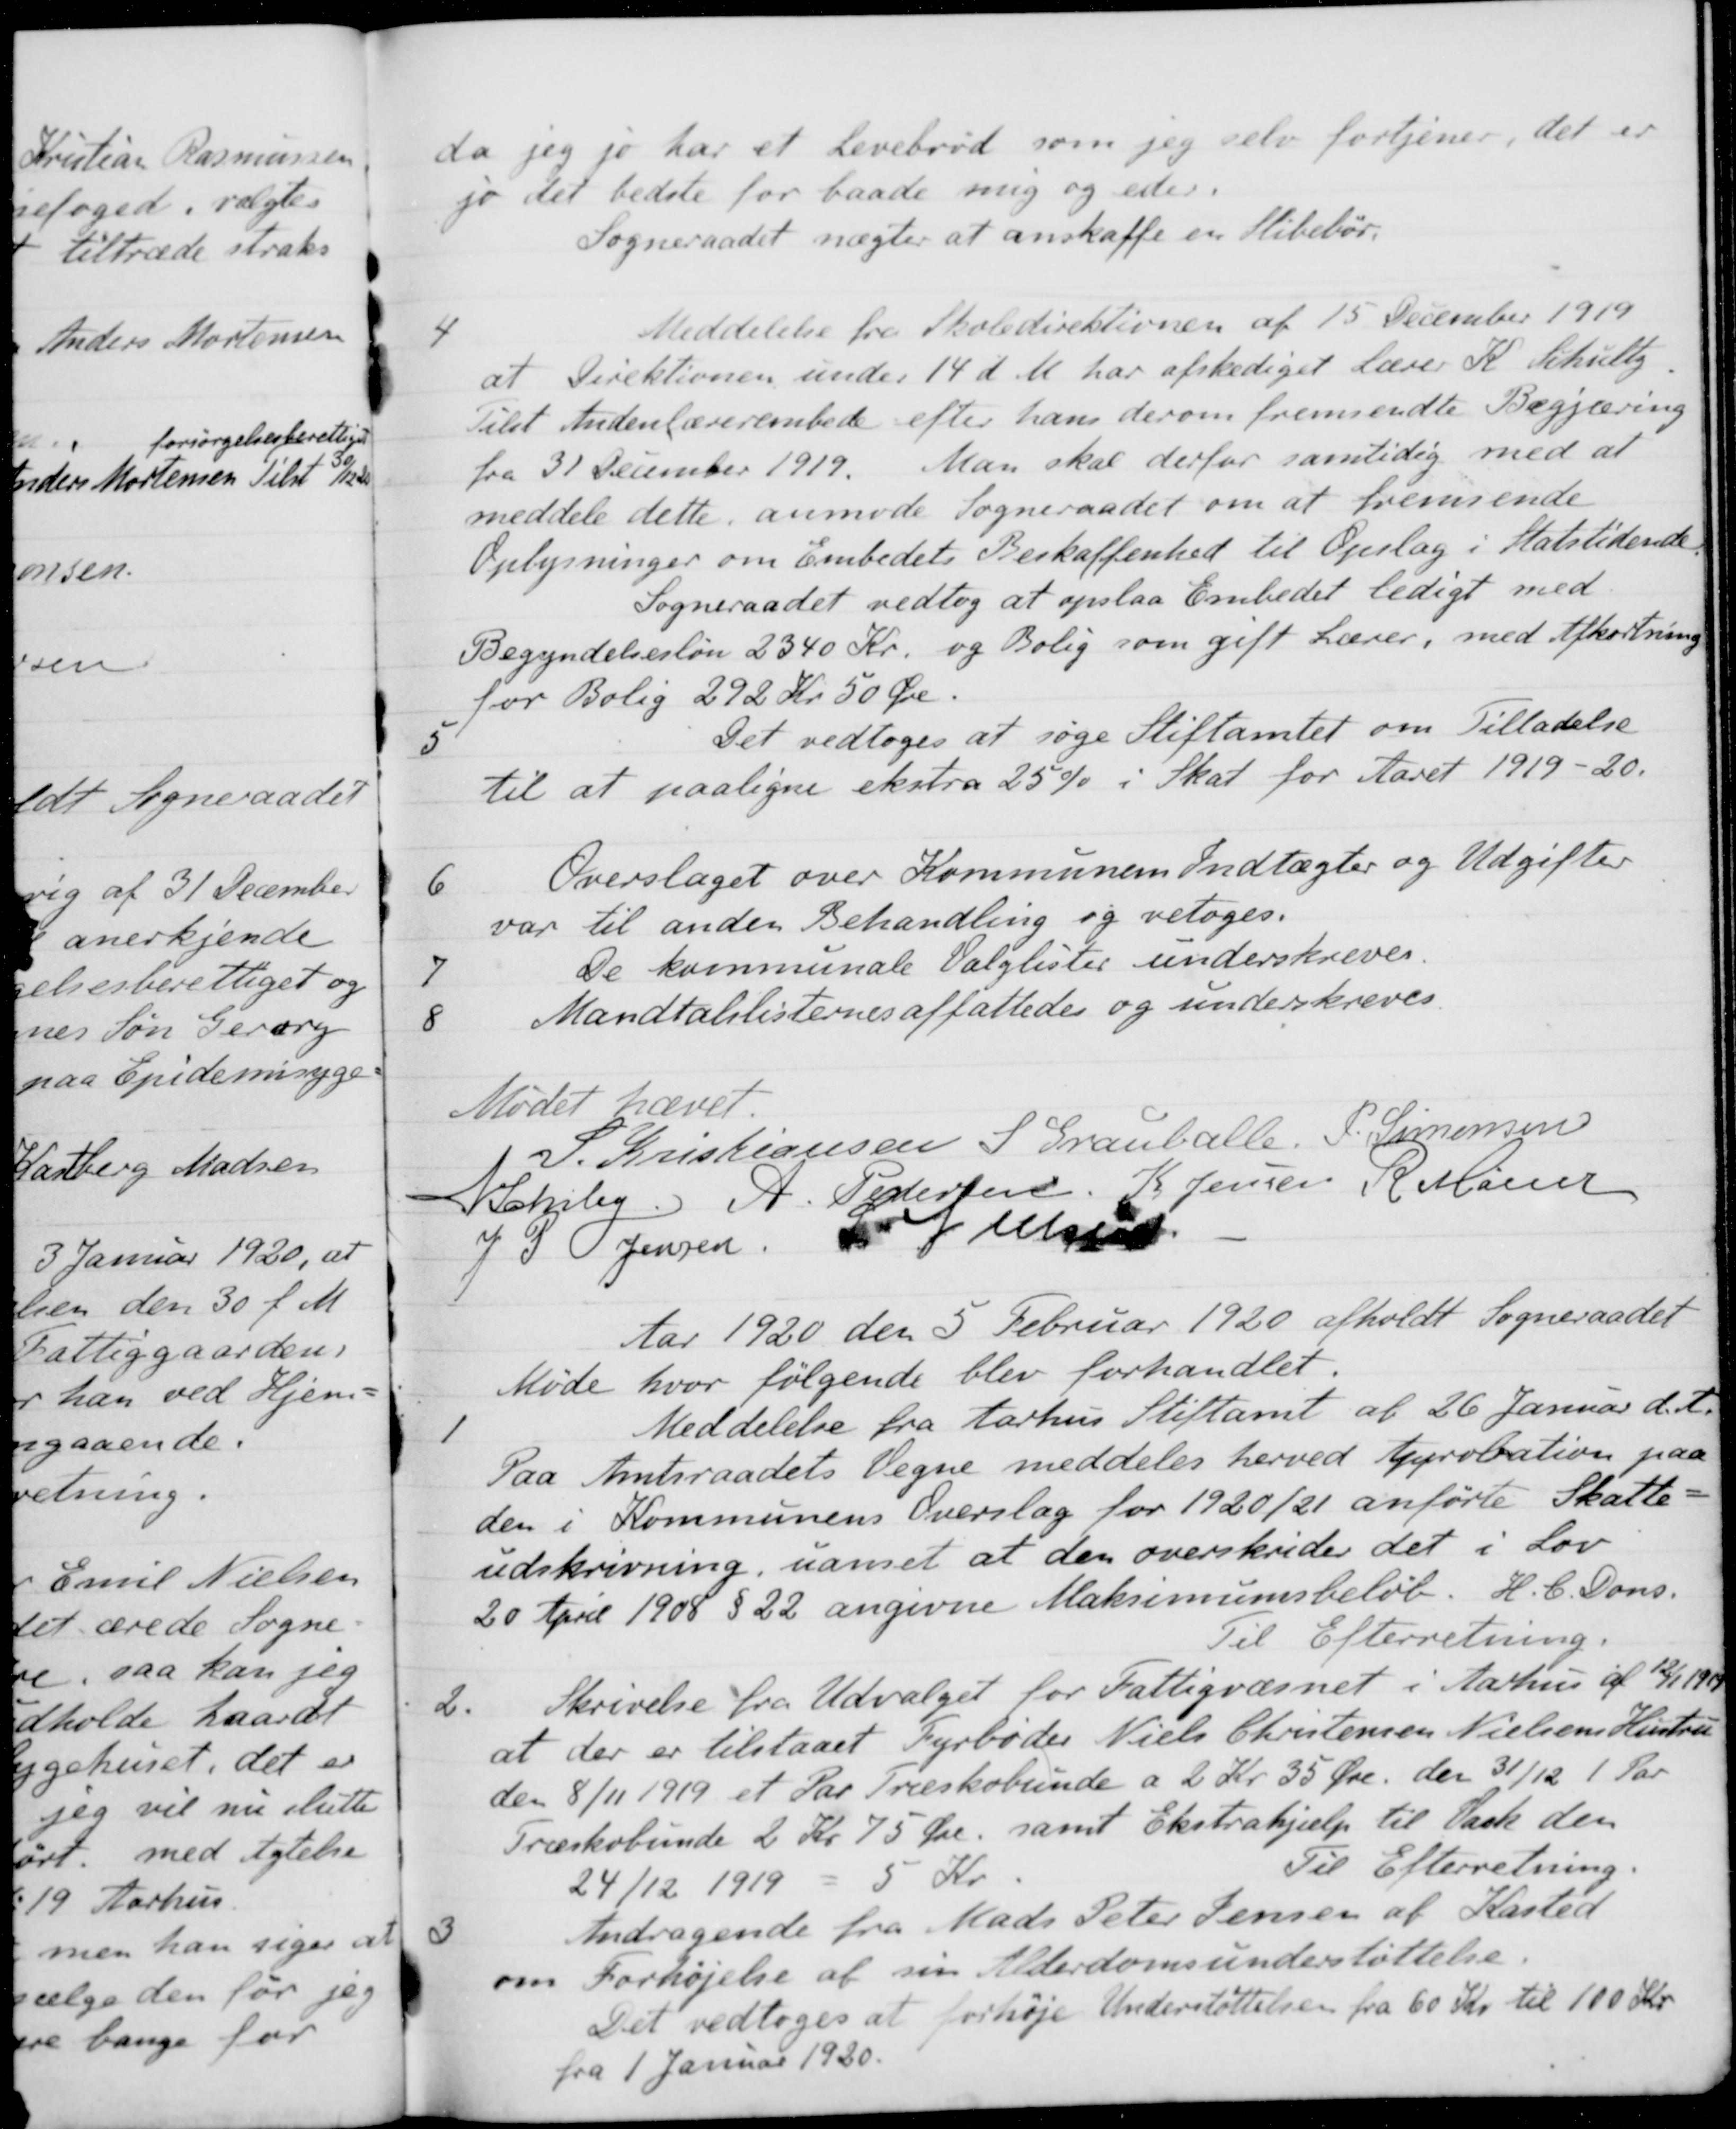
Transskription:
da jeg jo har et Levebrød som jeg selv fortjener, det er
jo det bedste for baade mig og eder.
Sogneraadet nægter at anskaffe en Slibebør.
4
Meddelelse fra Skoledirektionen af 15 December 1919
at Direktionen under 14 d. M. har afskediget Lærer K. Schultz,
Tilst Andenlærerembede efter hans derom fremsendte Begjæring
fra 31 December 1919. Man skal derfor samtidig med at
meddele dette, anmode Sogneraadet om at fremsende
Oplysninger om Embedets Beskaffenhed til Opslag i Statstidende
Sogneraadet vedtog at opslaa Embedet ledigt med
Begyndelsesløn 2340 Kr. og Bolig som gift Lærer, med Afkortning
for Bolig 292 Kr 50 Øre.
5
Det vedtoges at søge Stiftamtet om Tilladelse
til at paaligne ekstra 25 % i Skat for Aaret 1919-20.
6
Overslaget over Kommunens Indtægter og Udgifter
var til anden Behandling og vetoges.
7
De kommunale Valglister underskreves.
8
Mandtalslisternes affattedes og underskreves.
Mødet hævet.
S. Kristiansen
S Grauballe.
P. Simonsen
N Schiby
A. Pedersen
K Jensen
R. Møller
J P Jensen,
S. Nielsen
Aar 1920 den 5 Februar 1920 afholdt Sogneraadet
Møde hvor følgende blev forhandlet.
1
Meddelelse fra Aarhus Stiftamt af 26 Januar d. A.
Paa Amtsraadets Vegne meddeles herved Aprobation paa
den i Kommunens Overslag for 1920/21 anførte Skatte-
udskrivning, uanset at den overskrider det i Lov
20 April 1908 § 22 angivne Maksimumsbeløb. H. C. Dons.
Til Efterretning.
2.
Skrivelse fra Udvalget for Fattigvæsnet i Aarhus af 12/1 1919
at der er tilstaaet Fyrbøder Niels Christensen Nielsens Hustru
den 8/11 1919 et Par Træskobunde a 2 Kr 35 Øre, der 31/12 1 Par
Træskobunde 2 Kr 75 Øre, samt Ekstrahjælp til Vask den 
24/12 1919
5 Kr
Til Efterretning.
3
Andragende fra Mads Peter Jensen af Kasted
om Forhøjelse af sin Alderdomsunderstøttelse.
Det vedtoges at forhøje Understøttelsen fra 60 Kr. til 100 Kr.
fra 1 Januar 1920.